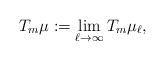
LaTeX: \begin{align*}T_m\mu := \lim_{\ell\to\infty}T_m\mu_\ell,\end{align*}